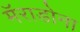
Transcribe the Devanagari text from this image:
मॅराडोना